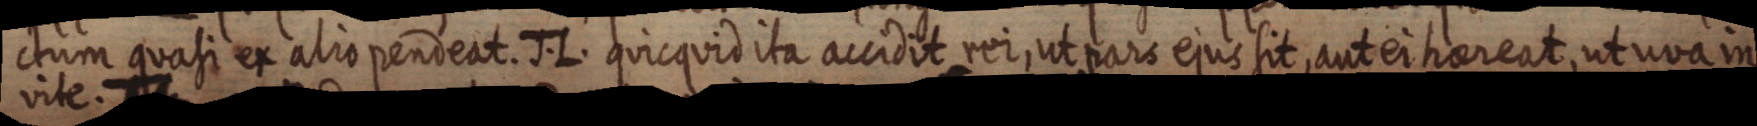
ctum quasi et alio pendeat. J. L. quicquid ita accidit rei, ut pars ejus sit, aut ei haereat, ut uva in